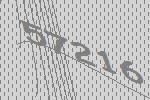
57216